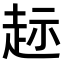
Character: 𫎲